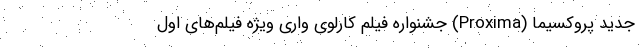
جدید پروکسیما (Proxima) جشنواره فیلم کارلوی واری ویژه فیلم‌های اول